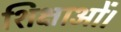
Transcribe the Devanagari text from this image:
शिक्षाओं।